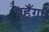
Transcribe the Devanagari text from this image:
पहुँगा